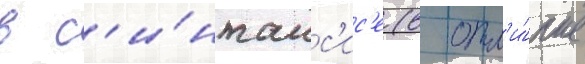
в с'и́нтакс'ис'е (в отл'и́чие